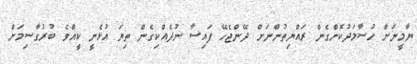
ޔާމީނަށް ހުސާމަދުކޮށްގެން ރައްޔިތުންނަށް ދޭންޖެހޭ ފައިސާ ނުދެއްކިގެން ތިޔަ އުޅެނީ ކީއްވެ ބުރުގާސިމަށް